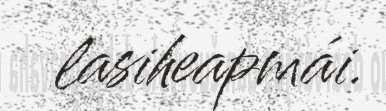
lasiheapmái.